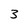
Character: 3